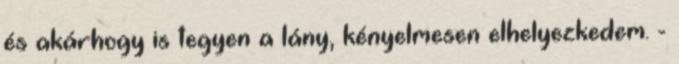
és akárhogy is tegyen a lány, kényelmesen elhelyezkedem. -